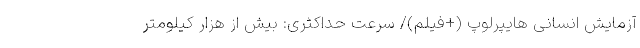
آزمایش انسانی هایپرلوپ (+فیلم)/ سرعت حداکثری: بیش از هزار کیلومتر